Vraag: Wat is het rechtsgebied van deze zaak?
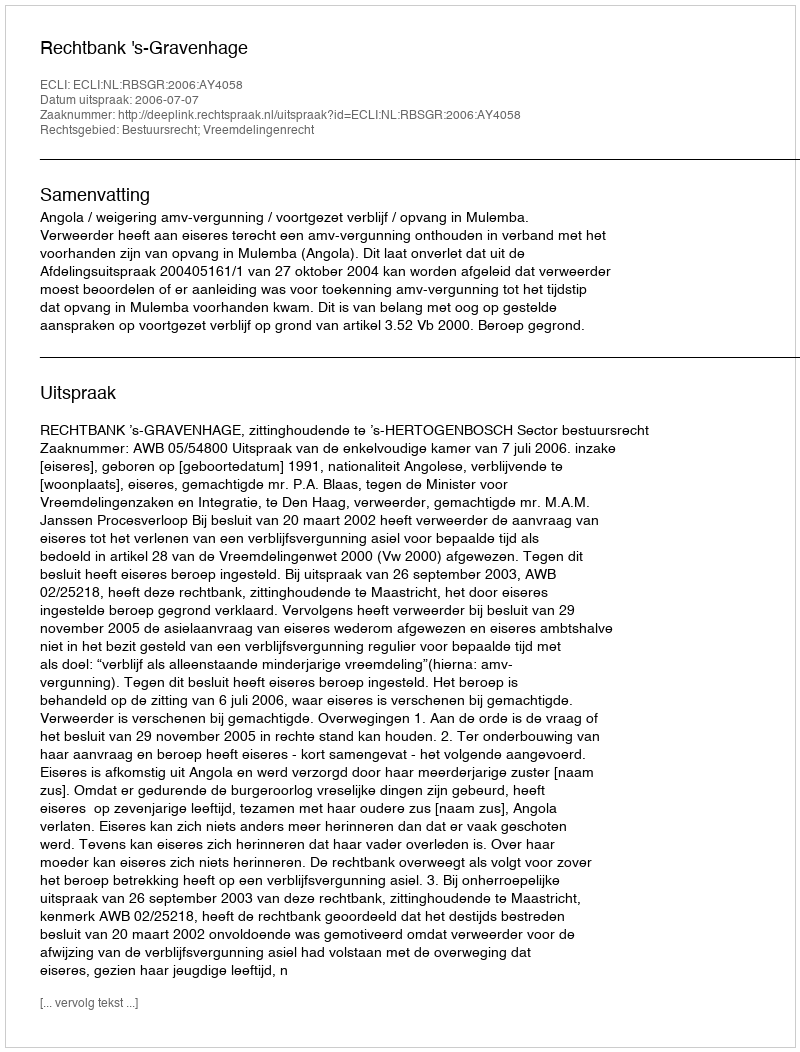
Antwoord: Bestuursrecht; Vreemdelingenrecht